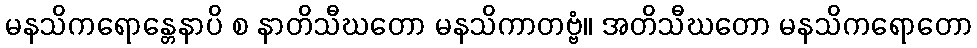
မနသိကရောန္တေနာပိ စ နာတိသီဃတော မနသိကာတဗ္ဗံ။ အတိသီဃတော မနသိကရောတော